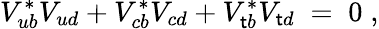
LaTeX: V_{ub}^{*}V_{ud}+V_{cb}^{*}V_{cd}+V_{\mathsf{t}b}^{*}V_{\mathsf{t}d}\; =\; 0\; ,